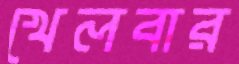
খেলবার